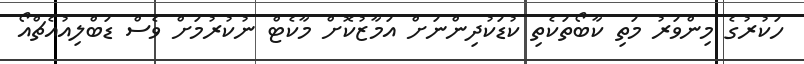
ހަކުރުގެ މިންވަރު މަތި ކާބޯތަކެތި ކުޑަކުދިންނަށް އަމާޒުކޮށް މާކެޓް ނުކުރުމަށް ވެސް ޑަބްލިއުއެޗްއޯ